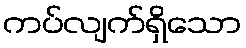
ကပ်လျက်ရှိသော